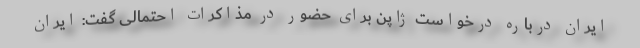
ایران درباره درخواست ژاپن برای حضور در مذاکرات احتمالی گفت: ایران